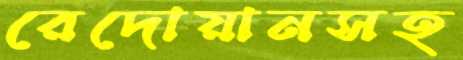
রেদোয়ানসহ